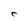
Character: C